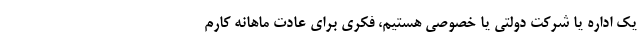
یک اداره یا شرکت دولتی یا خصوصی هستیم، فکری برای عادت ماهانه کارم